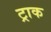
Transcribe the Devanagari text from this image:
ट्राक